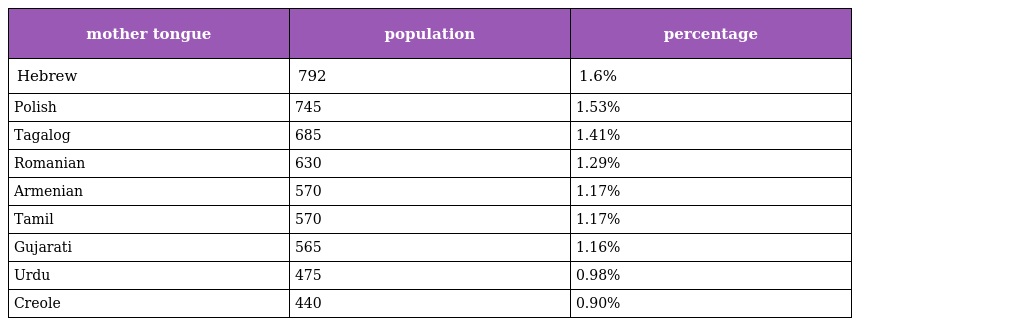
| mother tongue | population | percentage |
 | --- | --- | --- |
 | Hebrew | 792 | 1.6% |
 | Polish | 745 | 1.53% |
 | Tagalog | 685 | 1.41% |
 | Romanian | 630 | 1.29% |
 | Armenian | 570 | 1.17% |
 | Tamil | 570 | 1.17% |
 | Gujarati | 565 | 1.16% |
 | Urdu | 475 | 0.98% |
 | Creole | 440 | 0.90% |